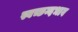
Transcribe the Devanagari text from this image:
स्वच्छन्दभाव